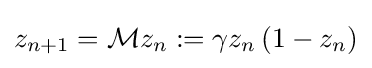
z_{n+1}={\mathcal {M}}z_{n}:=\gamma z_{n}\left(1-z_{n}\right)